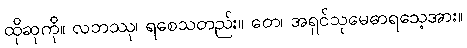
ထိုဆုကို။ လဘဿု၊ ရစေသတည်း။ တေ၊ အရှင်သုမေဓာရသေ့အား။